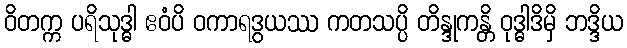
ဝိတက္က ပရိသုဒ္ဓါ ဧဝံပိ ဝကာရဒွယဿ ကတသပ္ပိ တိန္ဒုကန္တိ ဝုဒ္ဓါဒိမှိ ဘဒ္ဒိယ